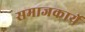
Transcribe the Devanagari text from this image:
समाजकार्ये